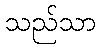
သည်သာ